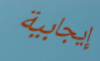
إيجابية